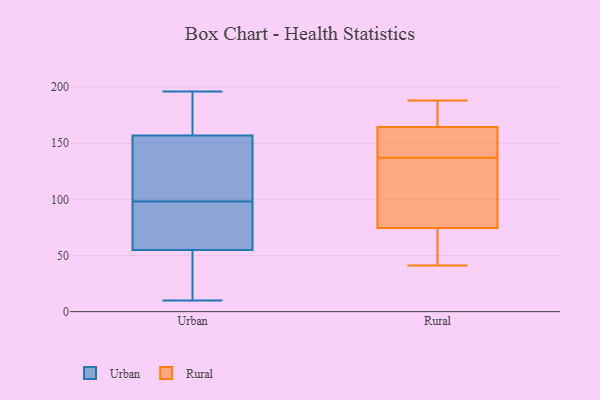
{"axis": {"x": "Tickets Resolved", "y": "Value"}, "legend": ["Rural", "Urban"], "data": [{"x": "", "y": 137, "type": "Urban"}, {"x": "", "y": 129, "type": "Urban"}, {"x": "", "y": 88, "type": "Urban"}, {"x": "", "y": 10, "type": "Urban"}, {"x": "", "y": 49, "type": "Urban"}, {"x": "", "y": 65, "type": "Urban"}, {"x": "", "y": 175, "type": "Urban"}, {"x": "", "y": 97, "type": "Urban"}, {"x": "", "y": 20, "type": "Urban"}, {"x": "", "y": 169, "type": "Urban"}, {"x": "", "y": 180, "type": "Urban"}, {"x": "", "y": 55, "type": "Urban"}, {"x": "", "y": 13, "type": "Urban"}, {"x": "", "y": 196, "type": "Urban"}, {"x": "", "y": 157, "type": "Urban"}, {"x": "", "y": 120, "type": "Urban"}, {"x": "", "y": 99, "type": "Urban"}, {"x": "", "y": 76, "type": "Urban"}, {"x": "", "y": 144, "type": "Rural"}, {"x": "", "y": 186, "type": "Rural"}, {"x": "", "y": 77, "type": "Rural"}, {"x": "", "y": 132, "type": "Rural"}, {"x": "", "y": 41, "type": "Rural"}, {"x": "", "y": 67, "type": "Rural"}, {"x": "", "y": 175, "type": "Rural"}, {"x": "", "y": 47, "type": "Rural"}, {"x": "", "y": 137, "type": "Rural"}, {"x": "", "y": 161, "type": "Rural"}, {"x": "", "y": 188, "type": "Rural"}, {"x": "", "y": 79, "type": "Rural"}, {"x": "", "y": 137, "type": "Rural"}]}